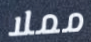
مملا